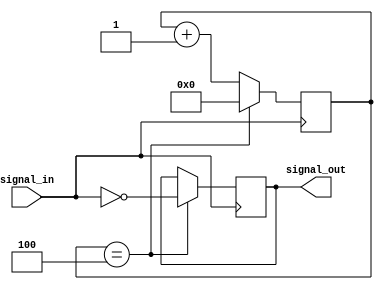
module nor_gate_delay(
    input wire signal_in,
    output reg signal_out
);

reg [3:0] delay_counter;

always @(posedge signal_in) begin
    if(delay_counter == 4) begin
        signal_out <= ~signal_in;
        delay_counter <= 0;
    end else begin
        delay_counter <= delay_counter + 1;
    end
end

endmodule